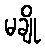
မချို